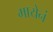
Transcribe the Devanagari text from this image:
मायेनं